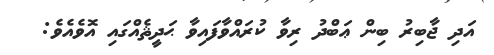
އަދި ޖާބިރު ބިން ޢަބްދު ރިވާ ކުރައްވާފައިވާ ޙަދީޘެއްގައި އޮވެއެވެ: